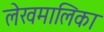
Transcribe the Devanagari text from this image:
लेखमालिका